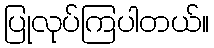
ပြုလုပ်ကြပါတယ်။